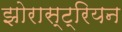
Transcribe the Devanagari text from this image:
झोरास्ट्रियन